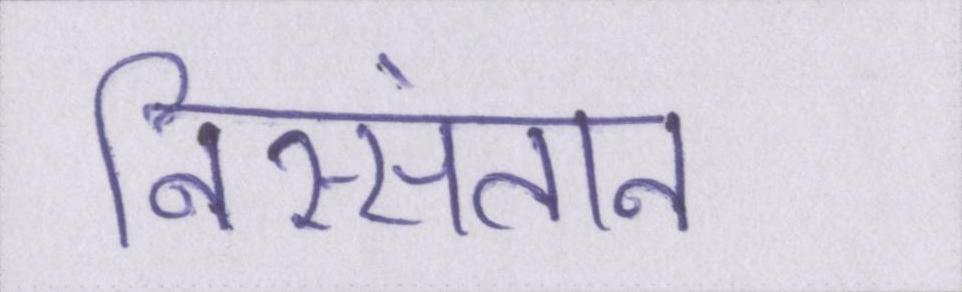
निस्संतान